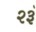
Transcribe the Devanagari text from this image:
२३ॅ